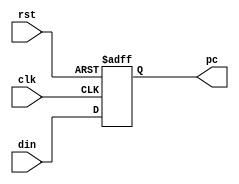
module PC (
    input  wire        rst,
    input  wire        clk,
    input  wire [31:0] din,
    output reg  [31:0] pc
);

  always @(posedge clk or posedge rst) begin
    if (rst) pc <= 0;
    else pc <= din;
  end

endmodule